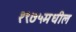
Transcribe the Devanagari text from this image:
१९७५मधील